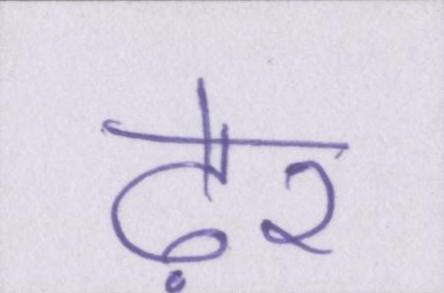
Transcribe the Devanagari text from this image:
ढ़ेर